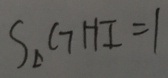
S _ { \Delta } G H I = 1